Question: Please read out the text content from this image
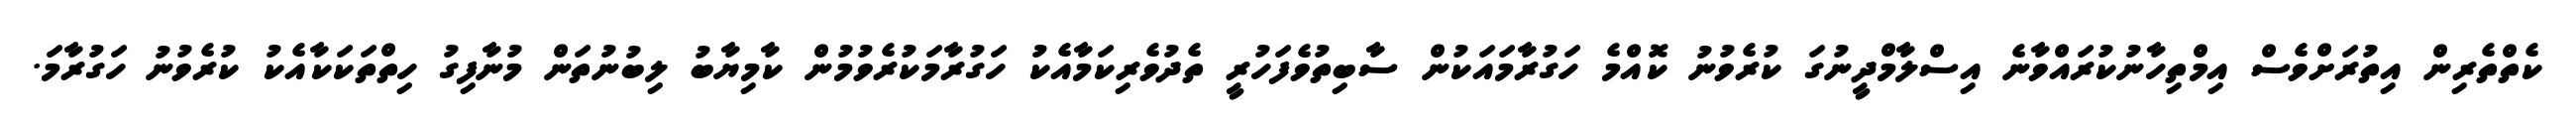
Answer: ކެތްތެރިން އިތުރަށްވެސް އިމްތިހާނުކުރައްވާނެ އިސްލާމްދީނުގަ ކުރެވުނު ކޮއްމެ ހަގުރާމައަކުން ސާބިތުވެފަހުރީ ތެދުވެރިކަމާއެކު ހަގުރާމަކުރެވުމުން ކާމިޔާބު ލިބުނުތަން މުނާފިގު ހިތްތަކަކާއެކު ކުރެވުނު ހަގުރާމަ.